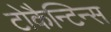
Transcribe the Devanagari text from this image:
टोकैन्टिन्स